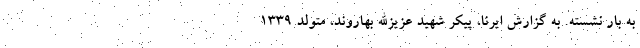
به بار نشسته. به گزارش ایرنا، پیکر شهید عزیزالله بهاروند، متولد ۱۳۳۹